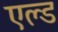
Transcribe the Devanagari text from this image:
एल्ड